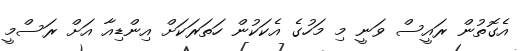
އެގޮތުން ރައީސް ވަނީ މި މަހުގެ އެކަކުން ހަތަރަކަށް އިންޑިއާ އަށް ރަސްމީ